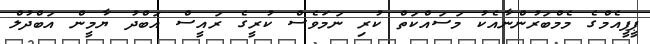
ޕީޕީއެމްގެ މެމްބަރުންނާއެކު މަސައްކަތް ކުރި ނަމަވެސް ކުރީގެ ރައީސް އަބްދު ޔާމީން އަބްދުލް